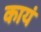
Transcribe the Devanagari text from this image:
कायं